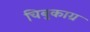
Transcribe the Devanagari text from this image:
चिबुकाग्र